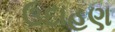
ઉદાહણ